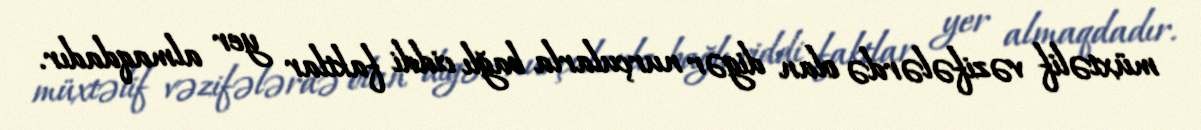
müxtəlif vəzifələrdə olan digər nurçularla bağlı ciddi faktlar yer almaqdadır.